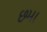
છમા